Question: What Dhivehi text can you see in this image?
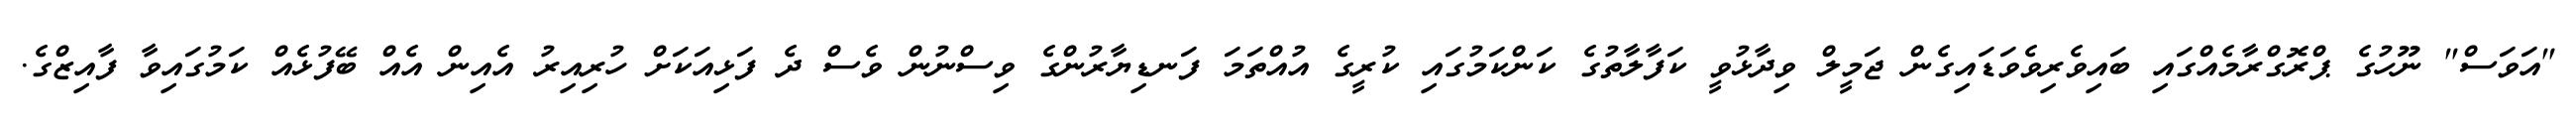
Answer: "އަވަސް" ނޫހުގެ ޕްރޮގްރާމެއްގައި ބައިވެރިވެވަޑައިގެން ޖަމީލް ވިދާޅުވީ ކަފާލާތުގެ ކަންކަމުގައި ކުރީގެ އުއްތަމަ ފަނޑިޔާރުންގެ ވިސްނުން ވެސް ދެ ފަޅިއަކަށް ހުރިއިރު އެއިން އެއް ބޭފުޅެއް ކަމުގައިވާ ފާއިޒްގެ.